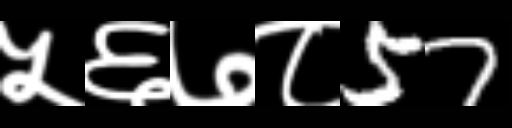
Text: ५६७८57